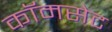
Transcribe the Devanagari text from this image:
कॉमसेट